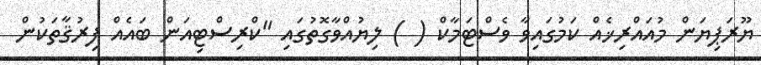
ޔޫރަޕިޔަން މުއައްރިޚެއް ކަމުގައިވާ ވެސްޓަމާކް ( ) ލިޔުއްވާގޮތުގައި "ކްރިސްޓިއަން ބައެއް ފިރުޤާތަކުން